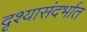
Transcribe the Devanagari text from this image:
दृश्यासंदर्भात